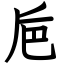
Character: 巵